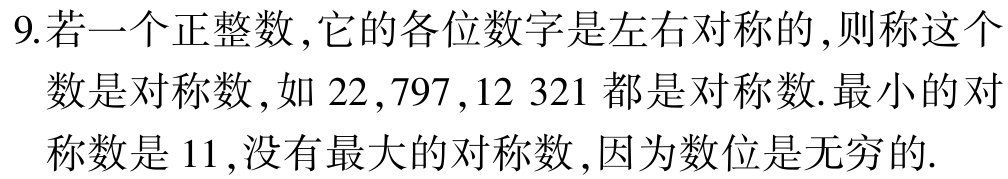
9.若一个正整数,它的各位数字是左右对称的,则称这个

数是对称数,如 \(22,797,12\ 321\) 都是对称数.最小的对

称数是 \(11\),没有最大的对称数,因为数位是无穷的.